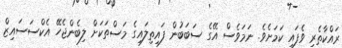
ރައްކާތެރި ވެފައި ކަމަށެވެ. ނަމަވެސް އޭގެ ސަބަބުން ފައިތިލައިގެ މަސްތަކަށް ލިބެންޖެހޭ އެކްސަސައިޒް